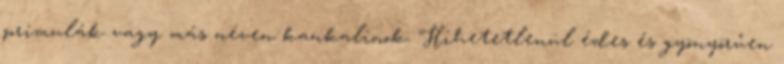
primulák vagy más néven kankalinok. Hihetetlenül édes és gyönyörűen